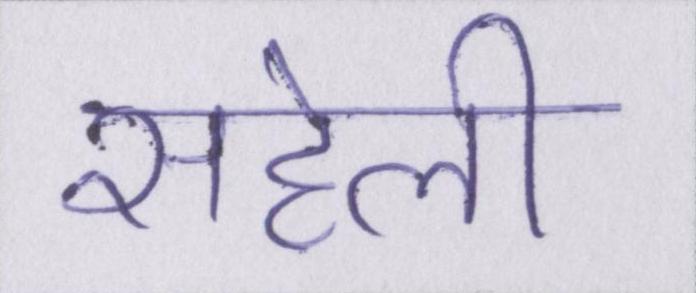
सहेली